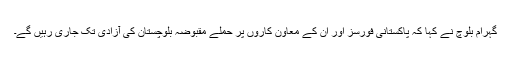
گہرام بلوچ نے کہا کہ پاکستانی فورسز اور ان کے معاون کاروں پر حملے مقبوضہ بلوچستان کی آزادی تک جاری رہیں گے۔